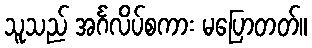
သူသည် အင်္ဂလိပ်စကား မပြောတတ်။